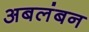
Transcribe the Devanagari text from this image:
अबलंबन